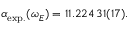
\begin{array} { r } { \alpha _ { \mathrm { e x p . } } ( \omega _ { E } ) = 1 1 . 2 2 4 \, 3 1 ( 1 7 ) . } \end{array}